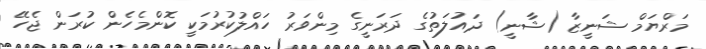
މަރްޔަމް ޝަނީޒާ (ޝާނީ) ދައުލަތުގެ ދަރަނީގެ މިންވަރު ހައްލުކުރުމަކީ ކޮންމެހެން ކުރަން ޖެހޭ